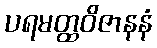
ပရမတ္ထဝိဇာနနံ